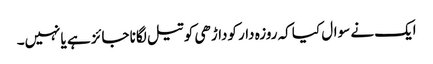
ایک نے سوال کیا کہ روزہ دار کوداڑھی کو تیل لگانا جائز ہے یانہیں۔